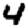
Digit: 4